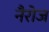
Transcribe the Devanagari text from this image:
नैरोज